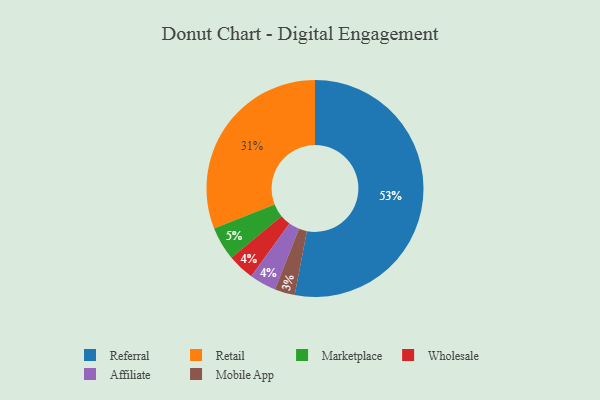
{"axis": {"x": "Category", "y": "Percentage"}, "legend": ["Affiliate", "Marketplace", "Mobile App", "Referral", "Retail", "Wholesale"], "data": [{"x": "Referral", "y": 53, "type": "Referral"}, {"x": "Marketplace", "y": 5, "type": "Marketplace"}, {"x": "Mobile App", "y": 3, "type": "Mobile App"}, {"x": "Retail", "y": 31, "type": "Retail"}, {"x": "Wholesale", "y": 4, "type": "Wholesale"}, {"x": "Affiliate", "y": 4, "type": "Affiliate"}]}